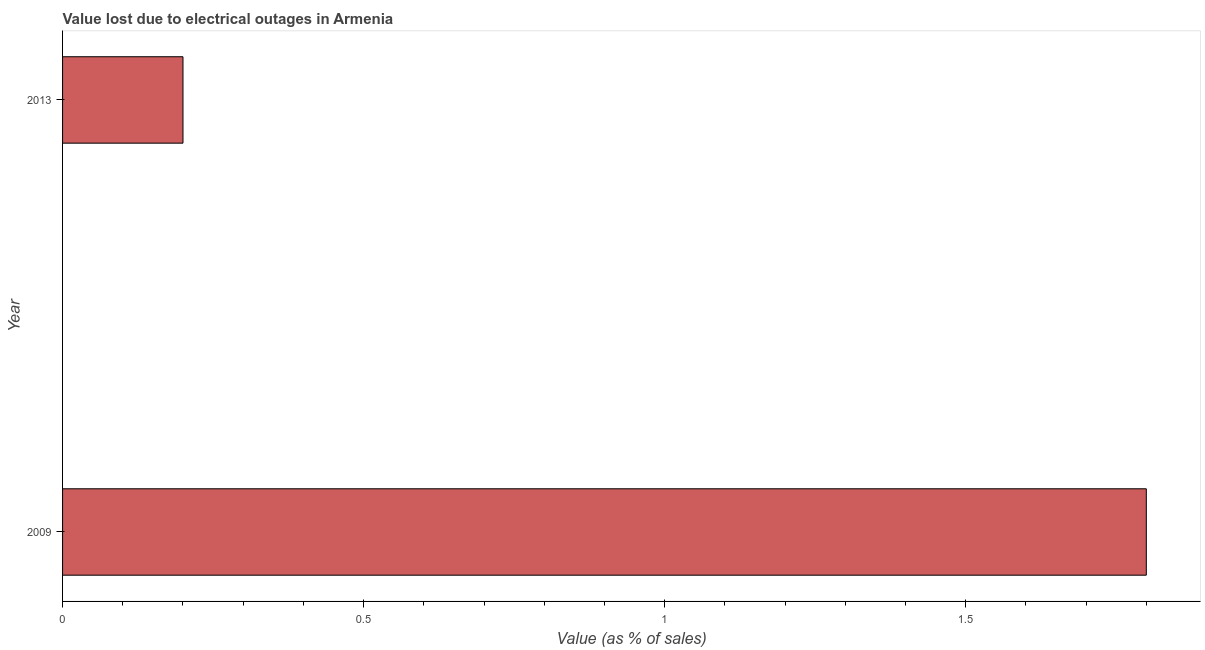
| Year | Value lost due to electrical outages |
 | --- | --- |
 | 2009 | 1.8 |
 | 2013 | 0.2 |